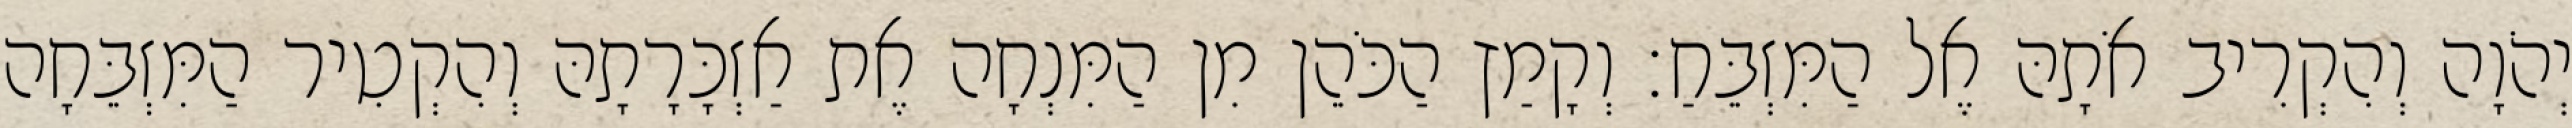
יְהֹוָה וְהִקְרִיב אֹתָהּ אֶל הַמִּזְבֵּחַ׃ וְקָמַץ הַכֹּהֵן מִן הַמִּנְחָה אֶת אַזְכָּרָתָהּ וְהִקְטִיר הַמִּזְבֵּחָה